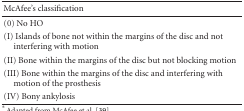
| McAfee's classification |  |
 | --- | --- |
 | (0) No HO |  |
 | (I) Islands of bone not within the margins of the disc and not interfering with motion |  |
 | (II) Bone within the margins of the disc but not blocking motion |  |
 | (III) Bone within the margins of the disc and interfering with motion of the prosthesis |  |
 | (IV) Bony ankylosis |  |